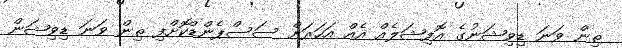
ތިން ވަނަ ޑިވިޝަނުގެ އޮފިޝަލެއް އެއް އަހަރަށް ސަސްޕެންޑްކޮށްފި ތިން ވަނަ ޑިވިޝަން